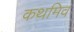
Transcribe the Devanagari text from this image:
कथमिव